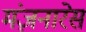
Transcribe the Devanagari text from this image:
मंज़नारेस